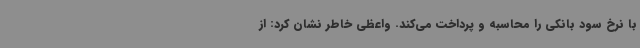
با نرخ سود بانکی را محاسبه و پرداخت می‌کند. واعظی خاطر نشان کرد: از